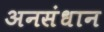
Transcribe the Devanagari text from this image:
अनसंधान